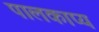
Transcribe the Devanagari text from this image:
पालकाप्य